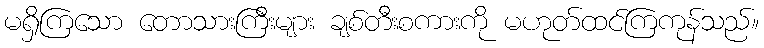
မရှိကြသော တောသားကြီးများ ချစ်တီးစကားကို မဟုတ်ထင်ကြကုန်သည်။